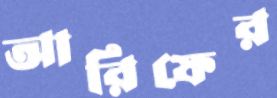
আরিফের